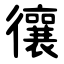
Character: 忀